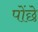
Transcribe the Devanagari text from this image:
पोंछे